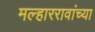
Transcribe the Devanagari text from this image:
मल्हाररावांच्या